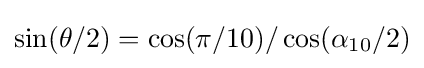
\sin(\theta /2)=\cos(\pi /10)/\cos(\alpha _{10}/2)